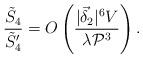
LaTeX: \begin{align*}\frac{\tilde{S}_4}{\tilde{S}_4'} = O \left( \frac{|\vec{\delta}_2|^6 V}{\lambda {\cal P}^3}\right) . \end{align*}